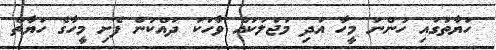
ހަޔާތުގައި ހުންނަ މީހާ އަދި މަޖަލަކައް ވާހަކަ ދައްކަން ފެށި މީހާގެ ހަޔާތް